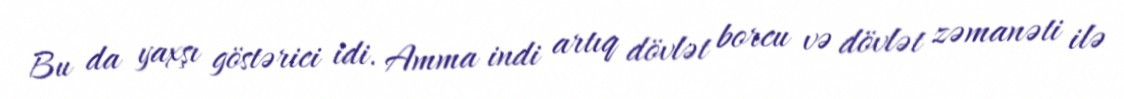
Bu da yaxşı göstərici idi. Amma indi artıq dövlət borcu və dövlət zəmanəti ilə